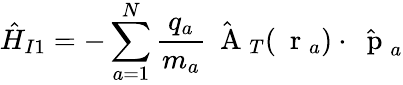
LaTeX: \hat{H}_{I1}=-\sum_{a=1}^{N}\frac{q_{a}}{m_{a}}\hat{\mathrm{~\mathbf~A~}}_{T}(\mathrm{~\mathbf~r~}_{a})\cdot\hat{\mathrm{~\mathbf~p~}}_{a}